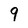
Character: 9